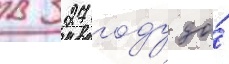
в 327 году до́